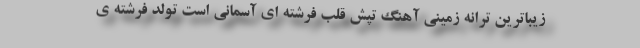
زیباترین ترانه زمینی آهنگ تپش قلب فرشته ای آسمانی است تولد فرشته ی